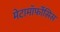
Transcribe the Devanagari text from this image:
मेटामॉर्फोसिस